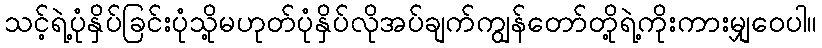
သင့်ရဲ့ပုံနှိပ်ခြင်းပုံသို့မဟုတ်ပုံနှိပ်လိုအပ်ချက်ကျွန်တော်တို့ရဲ့ကိုးကားမျှဝေပါ။